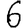
Digit: 6